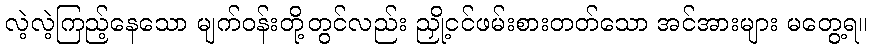
လဲ့လဲ့ကြည့်နေသော မျက်ဝန်းတို့တွင်လည်း ညှို့ငင်ဖမ်းစားတတ်သော အင်အားများ မတွေ့ရ။